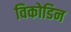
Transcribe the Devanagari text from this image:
विकोडिन